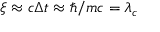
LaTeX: \xi \approx c \Delta t \approx \hbar / m c = \lambda _ { c }